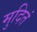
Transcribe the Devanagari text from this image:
मुदितं